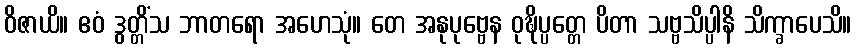
ဝိဇာယိ။ ဧဝံ ဒွတ္တိံသ ဘာတရော အဟေသုံ။ တေ အနုပုဗ္ဗေန ဝုဍ္ဎိပ္ပတ္တေ ပိတာ သဗ္ဗသိပ္ပါနိ သိက္ခာပေသိ။